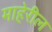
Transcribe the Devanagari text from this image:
माहेरील